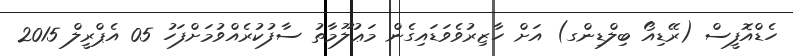
ހެޑްއޮފީސް (ރޭޑިއޯ ބިލްޑިންގ) އަށް ހާޒިރުވެވަޑައިގެން މަޢުލޫމާތު ސާފުކުރެއްވުމަށްފަހު 05 އެޕްރީލް 2015